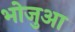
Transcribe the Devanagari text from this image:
भोजुआ